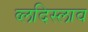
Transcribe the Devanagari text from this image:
व्लदिस्लाव